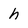
Character: h